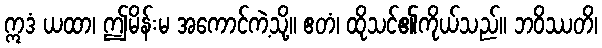
ဣဒံ ယထာ၊ ဤမိန်းမ အကောင်ကဲ့သို့။ ဧတံ၊ ထိုသင်၏ကိုယ်သည်။ ဘဝိဿတိ၊